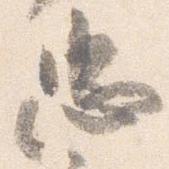
忠